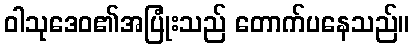
ဝါသုဒေဝ၏အပြုံးသည် တောက်ပနေသည်။